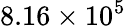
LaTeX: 8.16\times 10^{5}